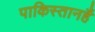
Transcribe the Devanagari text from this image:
पाकिस्तानहैं